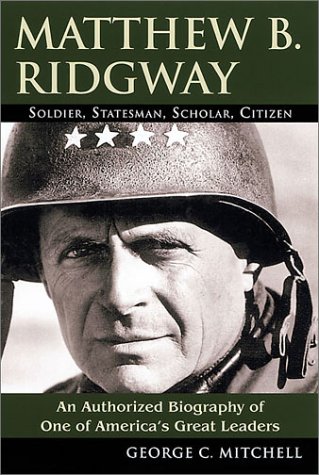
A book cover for Matthew B. Ridgway: Soldier, Statesman, Scholar, Citizen; George C. Mitchell; History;